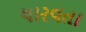
ધારવતા